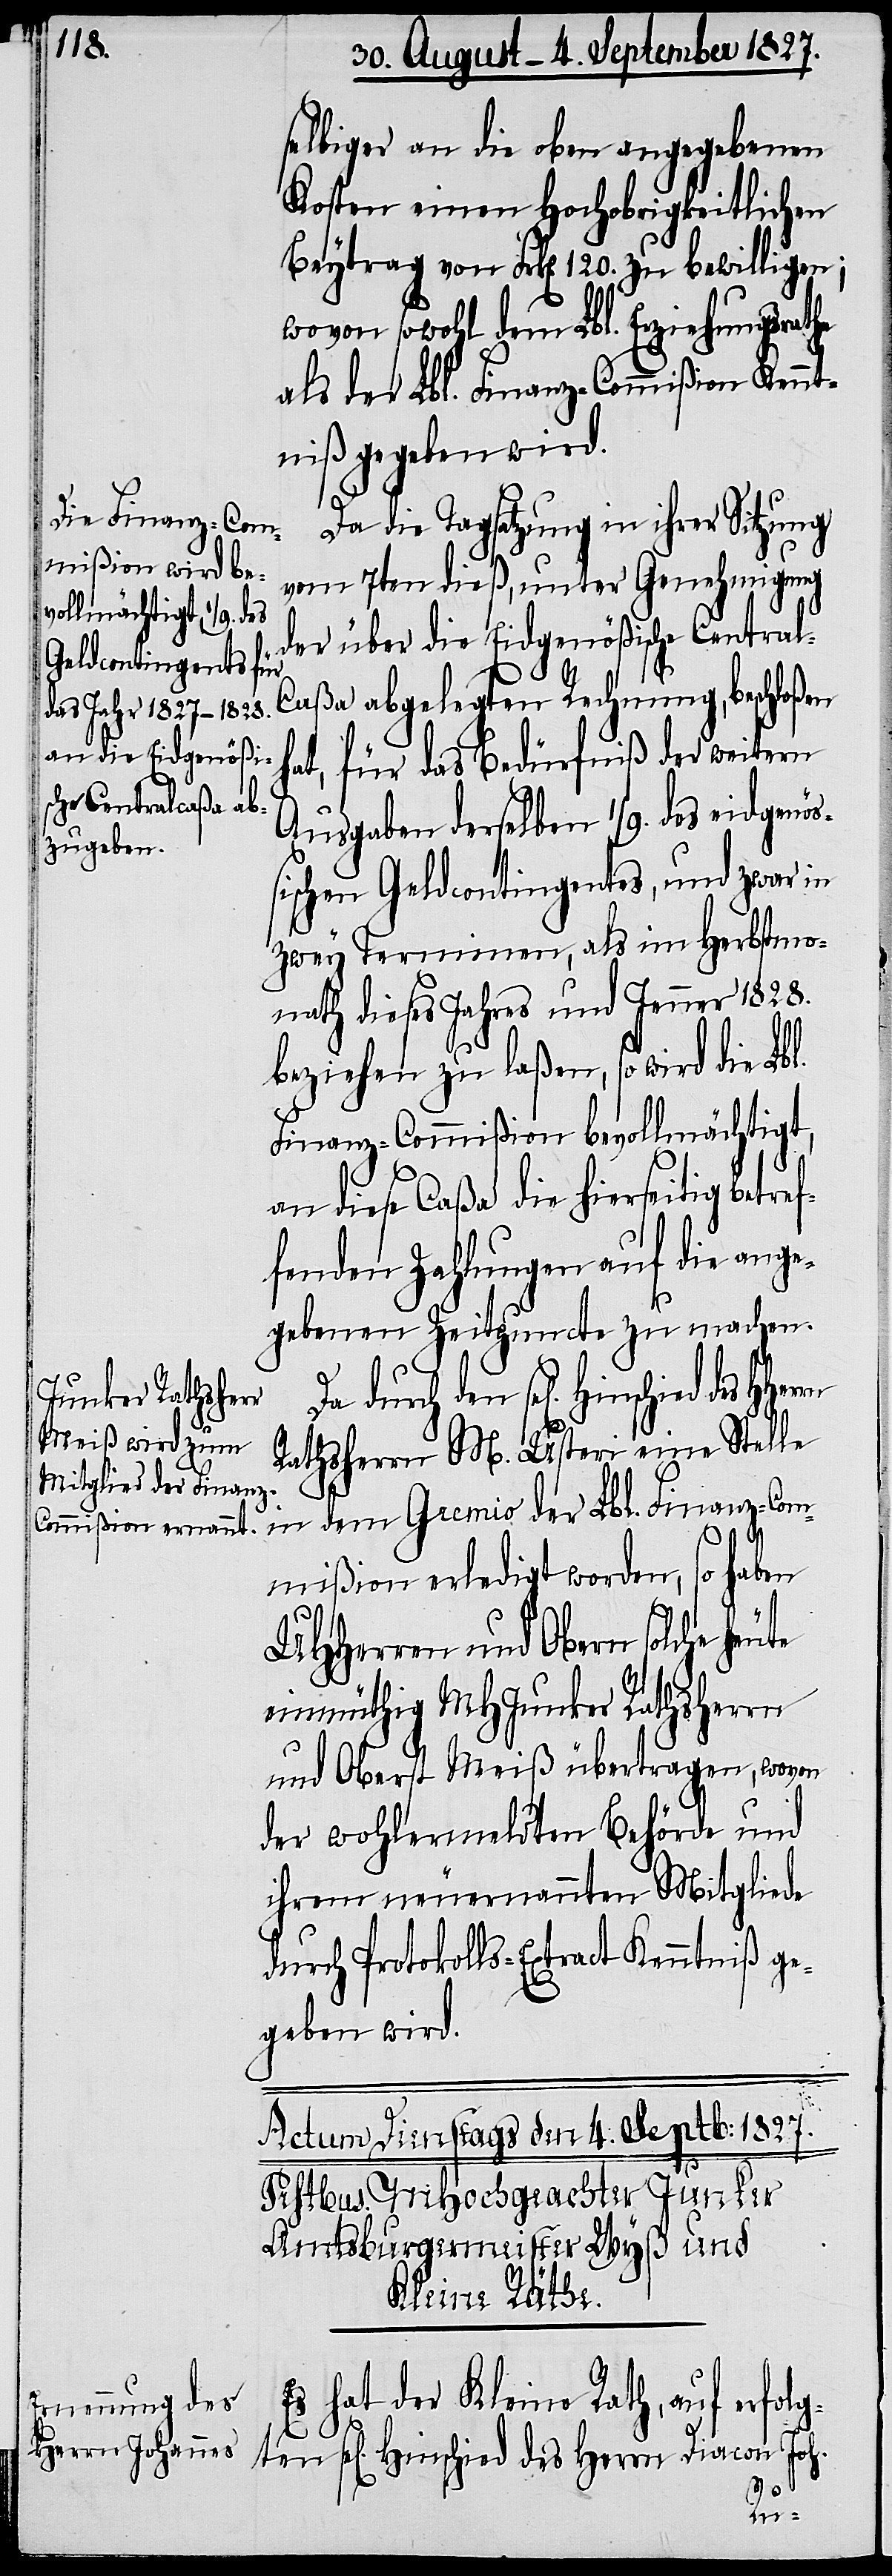
selbiger an die oben angegebenen
Kosten einen Hochobrigkeitlichen
Beytrag von Frk[en]. 120. zu bewilligen;
wovon sowohl dem Lbl. Erziehungsrathe
als der Lbl. Finanz-Commißion Kennt¬
niß gegeben wird.
Da die Tagsatzung in ihrer Sitzung
vom 7ten dieß, unter Genehmigung
der über die Eidgenößische Centra¬
ten
l-Caßa abgelegten Rechnung, beschloßen
hat, für das Bedürfniß der weitern
Ausgaben derselben 1/9. des eidgenö¬
ßischen Geldcontingents, und zwar in
zwey Terminen, als im Herbstmo¬
nath dieses Jahres und Jenner 1828.
beziehen zu laßen, so wird die Lbl.
Finanz-Commißion bevollmächtigt,
an diese Caßa die hierseitig betref¬
fenden Zahlungen auf die ange¬
gebenen Zeitpuncte zu machen.
Da durch den sel[igen] Hinschied
Rathsherrn M. Usteri eine Stelle
dem Gremio der Lbl. Finanz-Com¬
mißion erledigt worden, so haben
UHHerren und Obern solche
einmüthig MH Junker Rathsherrn
und Oberst Meiß übertragen, wovon
der wohlermeldten Behörde und
ihrem neuernannten Mitgliede
durch Protokoll-Extract Kenntniß ge¬
geben wird.
Es hat der Kleine Rath, auf erfolg¬
sel[igen] Hinschied des Herrn Diacon Joh.